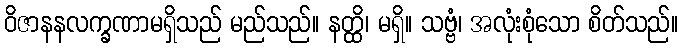
ဝိဇာနနလက္ခဏာမရှိသည် မည်သည်။ နတ္ထိ၊ မရှိ။ သဗ္ဗံ၊ အလုံးစုံသော စိတ်သည်။